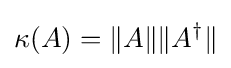
\kappa (A)=\|A\|\|A^{\dagger }\|